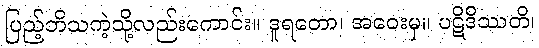
ပြည့်ဘိသကဲ့သို့လည်းကောင်း။ ဒူရတော၊ အဝေးမှ။ ပဋိဒိဿတိ၊